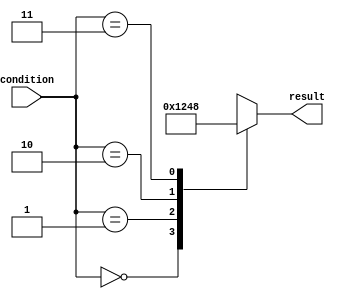
module case_statement(
    input [1:0] condition,
    output reg [3:0] result
);

initial begin
    case(condition)
        2'b00: result = 4'b0001;
        2'b01: result = 4'b0010;
        2'b10: result = 4'b0100;
        2'b11: result = 4'b1000;
        default: result = 4'b0000;
    endcase
end

endmodule